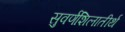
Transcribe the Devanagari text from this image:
सुवर्णशिलातीर्थ